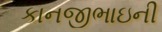
કાનજીભાઇની